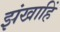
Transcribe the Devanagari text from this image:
झंखाहिं